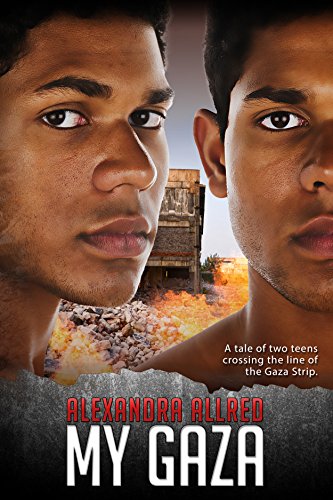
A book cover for My Gaza; Alexandra Allred; Teen & Young Adult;